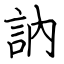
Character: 訥